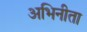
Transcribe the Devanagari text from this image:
अभिनीता